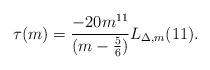
LaTeX: \begin{align*}\tau(m) = \frac{-20m^{11}}{(m- \frac{5}{6})} L_{\Delta, m}(11).\end{align*}